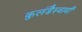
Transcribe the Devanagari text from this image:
कुलंडैस्वामी